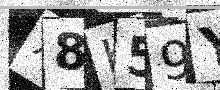
Text: X8K59Y